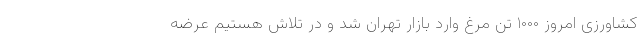
کشاورزی امروز ۱۰۰۰ تن مرغ وارد بازار تهران شد و در تلاش هستیم عرضه